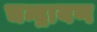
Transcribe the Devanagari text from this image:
चन्द्रायण